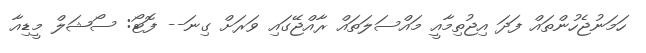
ހަމަނުޖެހުންތައް ފަދަ އިޖުތިމާއީ މައްސަލަތައް ރާއްޖޭގައި ވަރަށް ގިނަ-- ފޮޓޯ: ސޯޝަލް މީޑިއާ